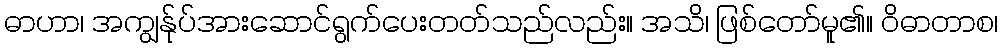
ဓာဟာ၊ အကျွန်ုပ်အားဆောင်ရွက်ပေးတတ်သည်လည်း။ အသိ၊ ဖြစ်တော်မူ၏။ ဝိဓာတာစ၊